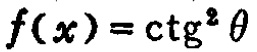
\(f(x)=\ctg^{2}\theta\)